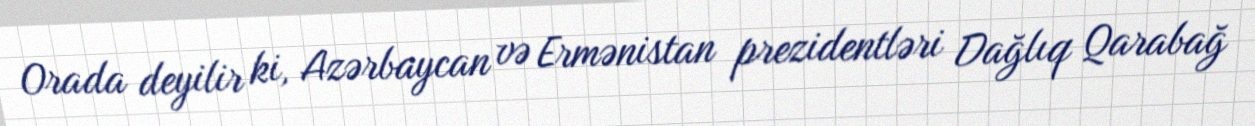
Orada deyilir ki, Azərbaycan və Ermənistan prezidentləri Dağlıq Qarabağ